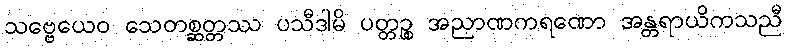
သဗ္ဗေယေဝ သေတစ္ဆတ္တဿ ပသီဒါမိ ပတ္တဉ္စ အညာဏကရဏော အန္တရာယိကသညီ